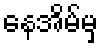
နေအိမ်မှ